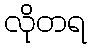
လိုတရ